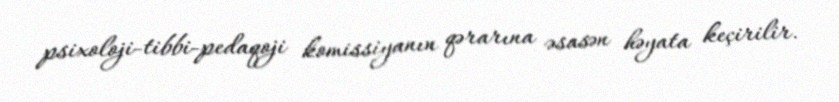
psixoloji-tibbi-pedaqoji komissiyanın qərarına əsasən həyata keçirilir.